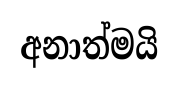
අනාත්මයි